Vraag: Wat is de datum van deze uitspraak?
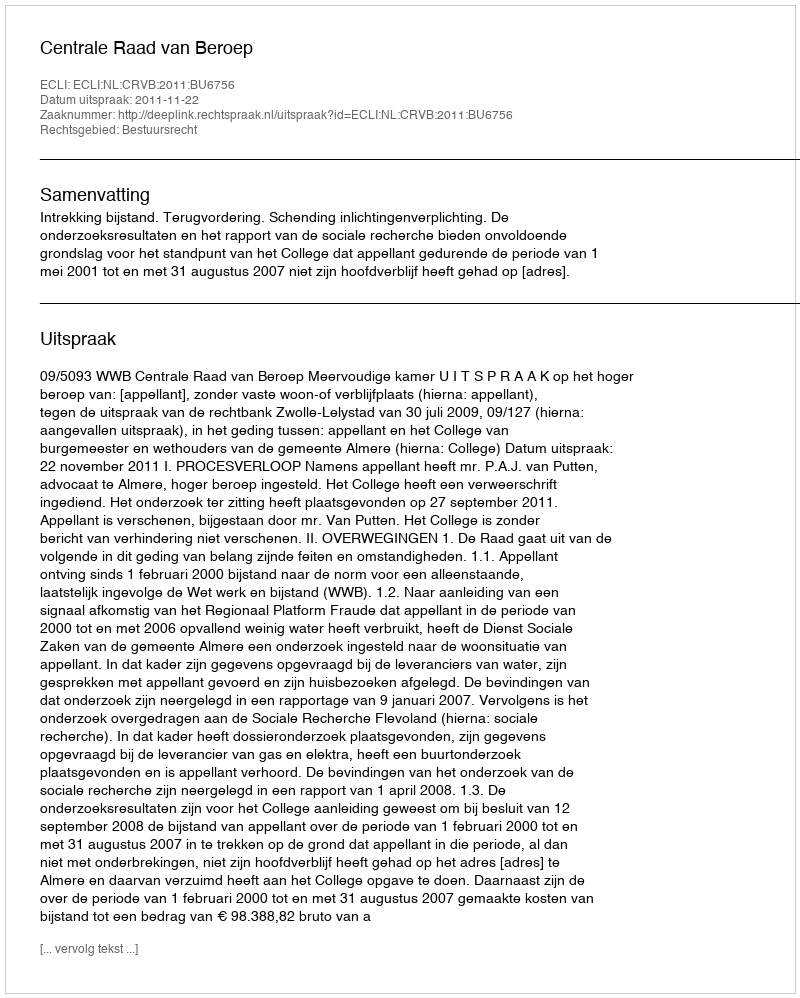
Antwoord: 2011-11-22